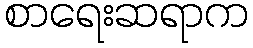
စာရေးဆရာက